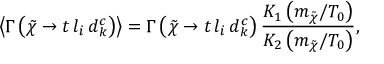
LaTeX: \left\langle \Gamma \left( \tilde { \chi } \rightarrow t \, l _ { i } \, d _ { k } ^ { c } \right) \right\rangle = \Gamma \left( \tilde { \chi } \rightarrow t \, l _ { i } \, d _ { k } ^ { c } \right) \frac { K _ { 1 } \left( m _ { \tilde { \chi } } / T _ { 0 } \right) } { K _ { 2 } \left( m _ { \tilde { \chi } } / T _ { 0 } \right) } ,